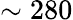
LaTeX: \sim 280